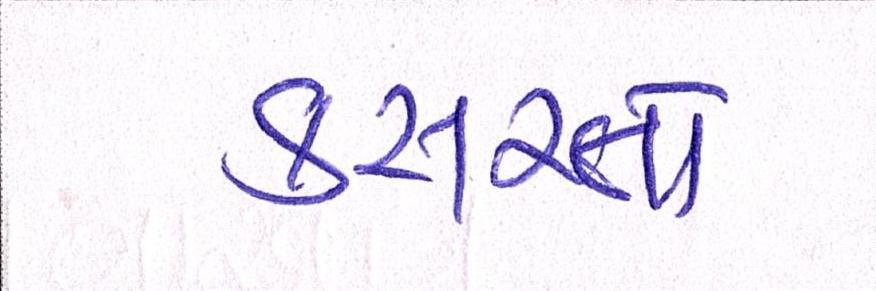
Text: કસરતો